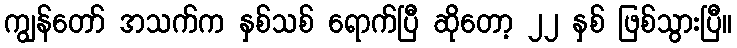
ကျွန်တော် အသက်က နှစ်သစ် ရောက်ပြီ ဆိုတော့ ၂၂ နှစ် ဖြစ်သွားပြီ။